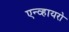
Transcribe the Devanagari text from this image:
एन्व्हायरो